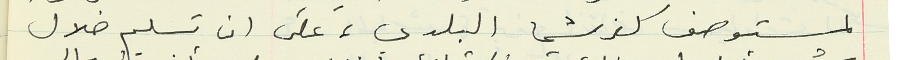
لمستوصف كفرشيما البلدي، على ان تسلم خلال